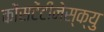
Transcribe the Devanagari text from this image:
कोंसटेंटीनेस्क्यु